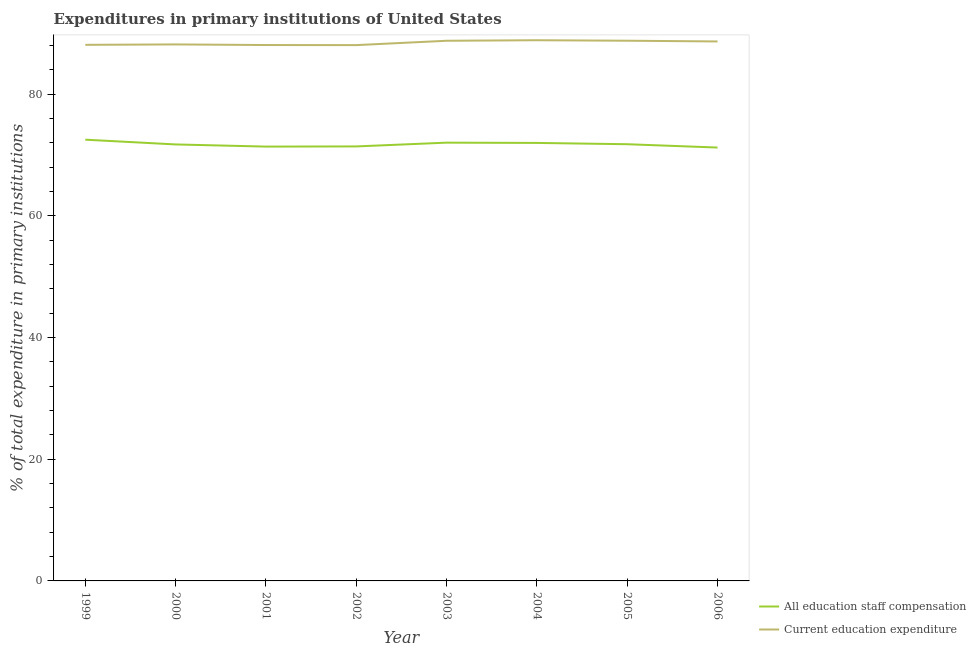
| Year | All education staff compensation | Current education expenditure |
 | --- | --- | --- |
 | 1999 | 72.5 | 88.1 |
 | 2000 | 71.8 | 88.2 |
 | 2001 | 71.4 | 88.1 |
 | 2002 | 71.4 | 88.1 |
 | 2003 | 72.1 | 88.8 |
 | 2004 | 72 | 88.9 |
 | 2005 | 71.8 | 88.8 |
 | 2006 | 71.2 | 88.7 |